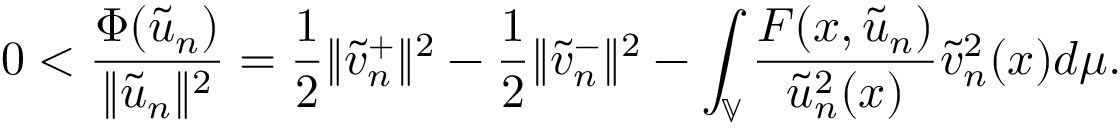
0 < \frac { \Phi ( \tilde { u } _ { n } ) } { \| \tilde { u } _ { n } \| ^ { 2 } } = \frac { 1 } { 2 } \| \tilde { v } _ { n } ^ { + } \| ^ { 2 } - \frac { 1 } { 2 } \| \tilde { v } _ { n } ^ { - } \| ^ { 2 } - \int _ { \mathbb { V } } \frac { F ( x , \tilde { u } _ { n } ) } { \tilde { u } _ { n } ^ { 2 } ( x ) } \tilde { v } _ { n } ^ { 2 } ( x ) d \mu .